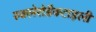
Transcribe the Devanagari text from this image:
स्क्लेरोडैक्टाइली